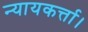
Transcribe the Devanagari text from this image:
न्यायकर्त्ता।